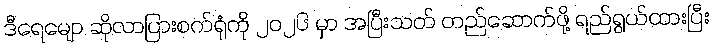
ဒီရေမျော ဆိုလာပြားစက်ရုံကို ၂၀၂၆ မှာ အပြီးသတ် တည်ဆောက်ဖို့ ရည်ရွယ်ထားပြီး